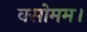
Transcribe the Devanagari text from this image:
वसोमम।